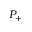
P _ { + }